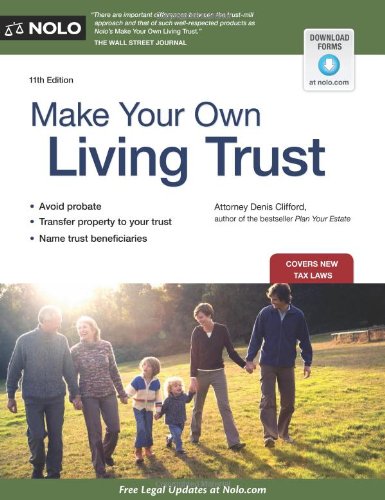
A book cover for Make Your Own Living Trust; Denis Clifford; Law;